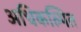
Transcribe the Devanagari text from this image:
अधिकल्पित